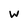
Character: w